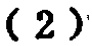
-2